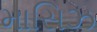
માસિઝ